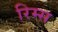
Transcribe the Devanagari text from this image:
रिम्स